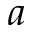
a